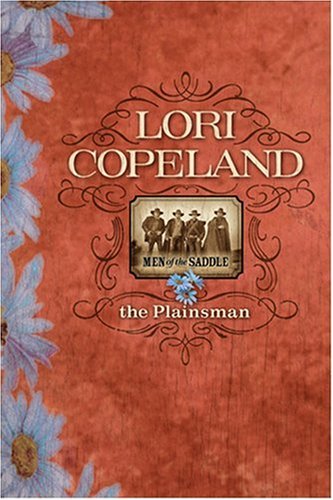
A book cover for The Plainsman (Men of the Saddle Series #4); Lori Copeland; Religion & Spirituality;